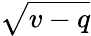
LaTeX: \sqrt{v-q}